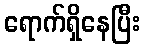
ရောက်ရှိနေပြီး